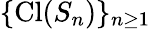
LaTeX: \{ \operatorname{Cl}(S_{n})\} _{n\geq 1}